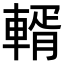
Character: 𨍐